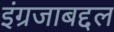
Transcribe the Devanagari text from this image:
इंग्रजाबद्दल